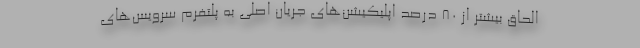
الحاق بیشتر از ۸۰ درصد اپلیکیشن‌های جریان اصلی به پلتفرم سرویس‌های